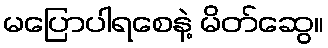
မပြောပါရစေနဲ့ မိတ်ဆွေ။